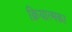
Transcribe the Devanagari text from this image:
क्रियात्मका